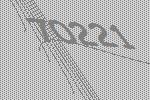
70221